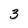
Character: 3